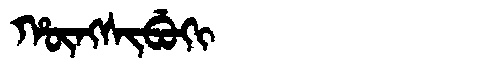
Manchu: ᡥᡡᠩᠰᡳᠪᡠᡴᡳ
Romanization: HŪNGSIBUKI